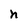
Character: n